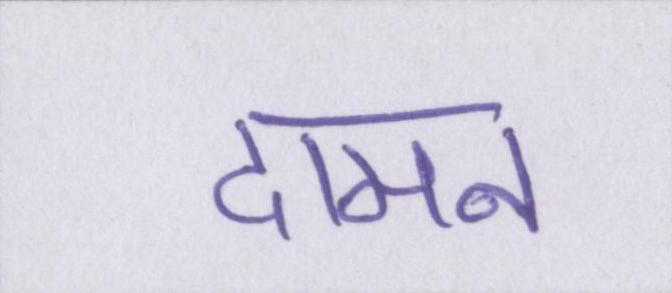
दामन